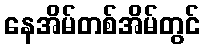
နေအိမ်တစ်အိမ်တွင်